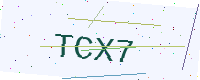
Text: TCX7